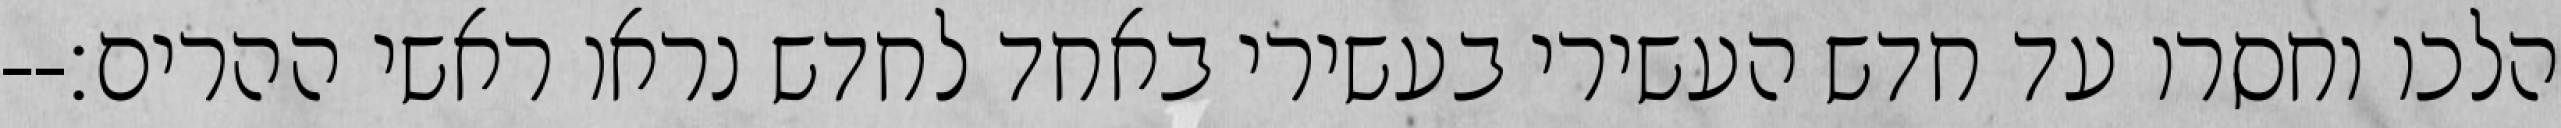
הלכו וחסרו עד חדש העשירי בעשירי באחד לחדש נראו ראשי ההרים׃--